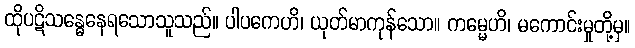
ထိုပဋိသန္ဓေနေရသောသူသည်။ ပါပကေဟိ၊ ယုတ်မာကုန်သော။ ကမ္မေဟိ၊ မကောင်းမှုတို့မှ။